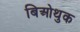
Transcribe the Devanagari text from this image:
बिओथुक